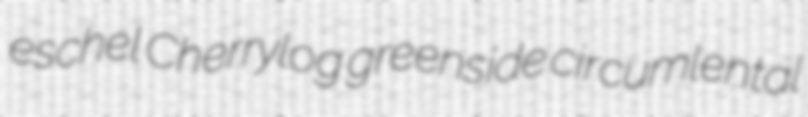
eschel Cherrylog greenside circumlental